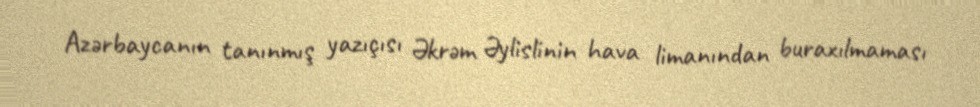
Azərbaycanın tanınmış yazıçısı Əkrəm Əylislinin hava limanından buraxılmaması